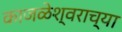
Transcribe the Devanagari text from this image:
काजळेश्वराच्या